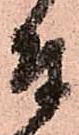
付